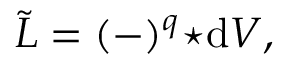
\tilde { L } = ( - ) ^ { q } { \star \mathrm { d } V } ,